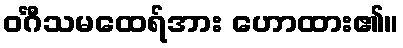
ဝင်္ဂီသမထေရ်အား ဟောထား၏။